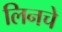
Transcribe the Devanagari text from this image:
लिनचे